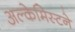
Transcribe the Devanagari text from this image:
अल्केमिस्टने